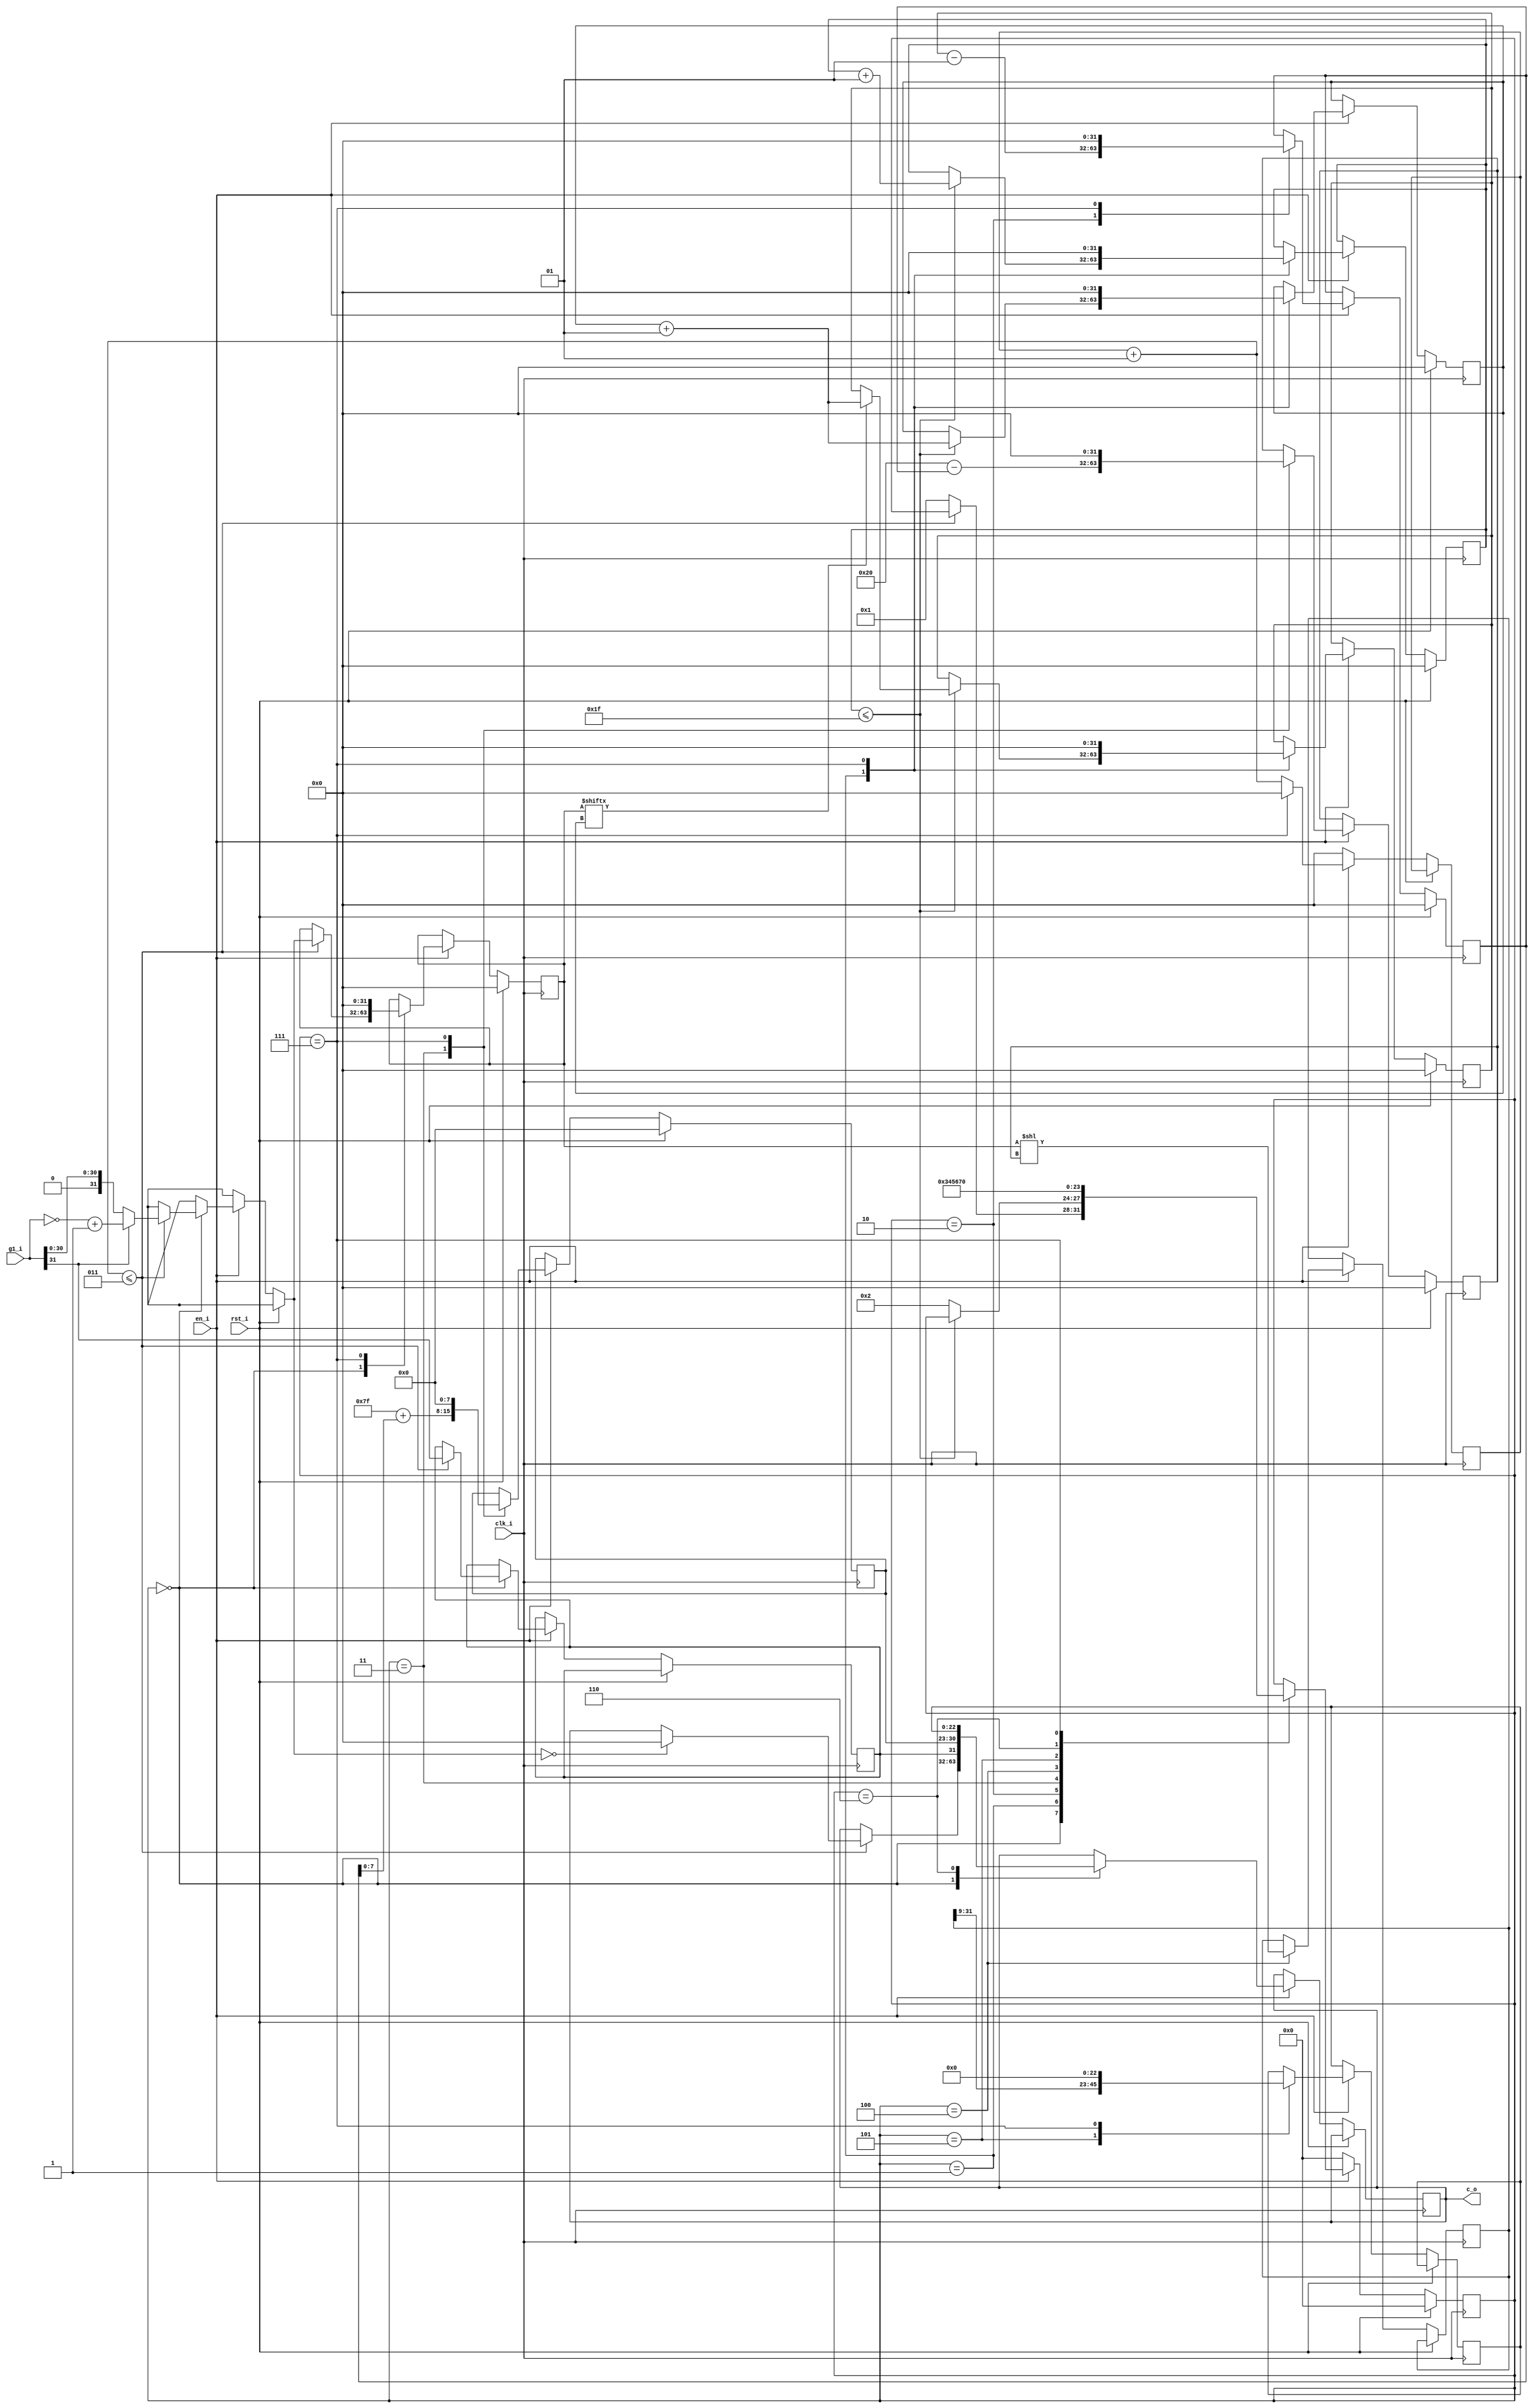
`timescale 1ns / 1ps



module int_fp_don(clk_i,rst_i,g1_i,c_o,en_i);
    parameter n=32, e=8,m=23;
    input clk_i,rst_i;
    input en_i;
    input  [31:0] g1_i; // girilen sayi
    output [n-1:0] c_o;  // cikis
    reg [n-1:0] s1,cik1; // s1 => giris icin / cik1=> cikis icin
    reg [e-1:0] E1;  // exponent
    reg [n-1:0] M1;  // mantisa 
    reg [m-1:0] M2; // mantisa kaydirilmasi ile
    reg sign;
    reg [3:0] durum=3'b000;
    integer  x=0,us=0,say=0,i=1'b0,us2,r1=n,k1,bias=(2**(e-1))-1; 
    assign c_o = cik1; 
   
    always@(posedge(clk_i))begin
            if(rst_i)begin
                s1=32'h00000000;
                durum=3'b00;
                say=0;
                us2=0;
                us=0;
                k1=0;
                E1=0;
                i=1'b0;
            end else begin
                if(en_i == 1)begin // ise al
                    x = x +1; // durum 3te sifirla
                    case(durum)
                        0:begin 
                            if(x<=3) begin // 3 clock bekle
                                s1=g1_i;  
                                sign=s1[n-1];
                                if(s1[31]==1)begin // 2ye tumleyen alma 
                                    s1=~s1;
                                    s1=s1+1;
                                end 
                                if(s1==32'h00000000) begin // girilen sayinin 0 olmasi durumunda yanl alyordu
                                    cik1 = 32'h00000000;
                                    
                                end
                                
                            end else begin
                                durum=1; 
                            end
                        end
                        1:begin
                            // s  hesaplama / burda optimize et soldan saymaya bala 1 e kadar
                            if(say<=n-1)begin
                                if(s1[i]==1'b1)begin
                                    i=i+1;
                                    us=i; // 1
                                    say=say+1;
                                end else begin
                                    i=i+1;
                                    say=say+1; // 31
                                end
                            end else begin
                                durum=2;      
                            end       
                        end  
                        2: begin
                            us2=us-1;
                            durum = 3;
                        end
                         // nceki kodda durum 2-3-4-5-6 ayn. durum icerisindeydi ayirdim
                       3:begin
                            k1=r1-us2;
                            E1=bias+us2;
                            durum = 4;
                       end
                       4:begin
                            M1[n-1:0]=s1<<k1; 
                            durum = 5;
                       end
                       5:begin
                            M2=M1[n-1:n-m];  
                            durum = 6;
                       end
                       // tekrar tekrar bu islemleri yapabilmesi icin
                       6:begin
                            cik1 = {sign,E1,M2};
                            durum = 7;
                       end
                       // geri donus icin durum yedide sifirlanmasi gereken degerler isfrlayp durum 0 a gonderdim / sfrlanmazsa zerien ilemleri yapyor gibiydi
                       7:begin
                            s1<=32'h00000000;
                            say<=0;
                            us2<=0;
                            us<=0;
                            k1<=0;
                            E1<=0;
                            i<=0;
                            E1 <= 0;
                            M2 <= 0;
                            x <= 0;
                            durum <= 0;
                       end
                    endcase
                end else begin
                    x = 0;
                    durum = 0;
                end
            end
        end
        
    
endmodule